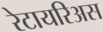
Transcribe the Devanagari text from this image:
रेटायरिअस